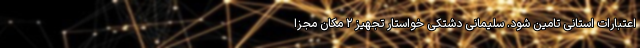
اعتبارات استانی تامین شود. سلیمانی دشتکی خواستار تجهیز ۲ مکان مجزا